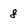
Character: 8